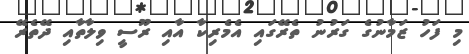
މި ފަހު ޒަމާނުގެ ގަރުނު ތެރޭގައި އެމެރިކާ އާއި ރޫސީ ވިލާތާއި ދޭތެރޭ